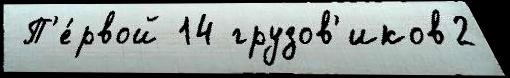
 П'е́рвой 14 грузов'иков2